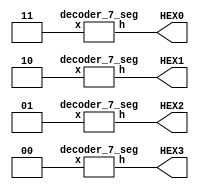
module zad4_board(
					output [0:6] HEX0, HEX1, HEX2, HEX3);
					
		wire [1:0] c0;
		wire [1:0] c1;
		wire [1:0] c2;
		wire [1:0] c3;
		
		assign c0 = 2'd3;
		assign c1 = 2'd2;
		assign c2 = 2'd1;
		assign c3 = 2'd0;
					
		decoder_7_seg ex3(c3[1:0], HEX3[0:6]);
		decoder_7_seg ex2(c2[1:0], HEX2[0:6]);
		decoder_7_seg ex1(c1[1:0], HEX1[0:6]);
		decoder_7_seg ex0(c0[1:0], HEX0[0:6]);

endmodule

module decoder_7_seg(  
	input [1:0] x,
	output reg [0:6] h);
	
	always @(*)
		casex(x)
			4'd0: h=7'b0101000;
			4'd1: h=7'b1000001;
			4'd2: h=7'b1110001;
			4'd3: h=7'b0110000;
			default: h=7'b1111111;
		endcase

	
endmodule